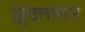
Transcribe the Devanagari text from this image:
झुठलाकर